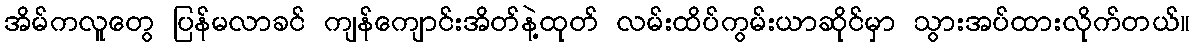
အိမ်ကလူတွေ ပြန်မလာခင် ကျန်ကျောင်းအိတ်နဲ့ထုတ် လမ်းထိပ်ကွမ်းယာဆိုင်မှာ သွားအပ်ထားလိုက်တယ်။